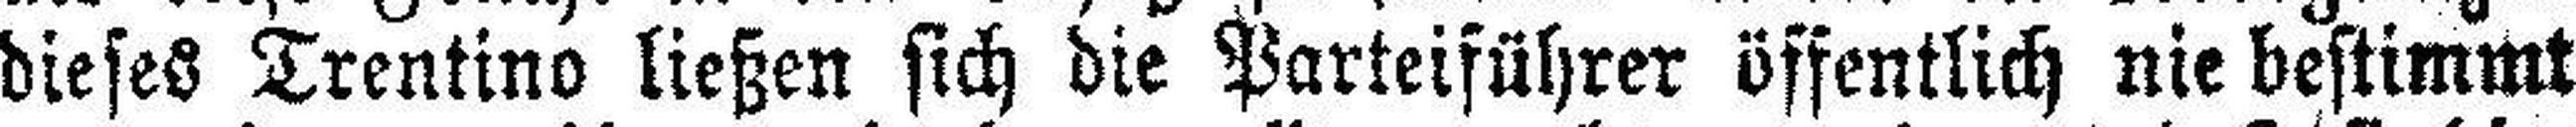
dieses Trentino ließen sich die Parteiführer öffentlich nie bestimmt